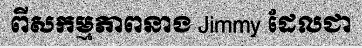
ពីសកម្មភាពនាង Jimmy ដែលជា